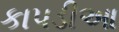
કાપડીઆ